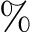
\%